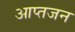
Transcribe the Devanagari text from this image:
आप्तजन